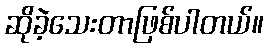
ဆိုခဲ့သေးတာဖြစ်ပါတယ်။